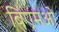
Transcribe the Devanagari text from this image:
बिएमओ